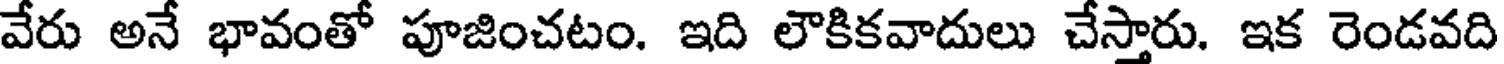
వేరు అనే భావంతో పూజించటం. ఇది లౌకికవాదులు చేస్తారు. ఇక రెండవది